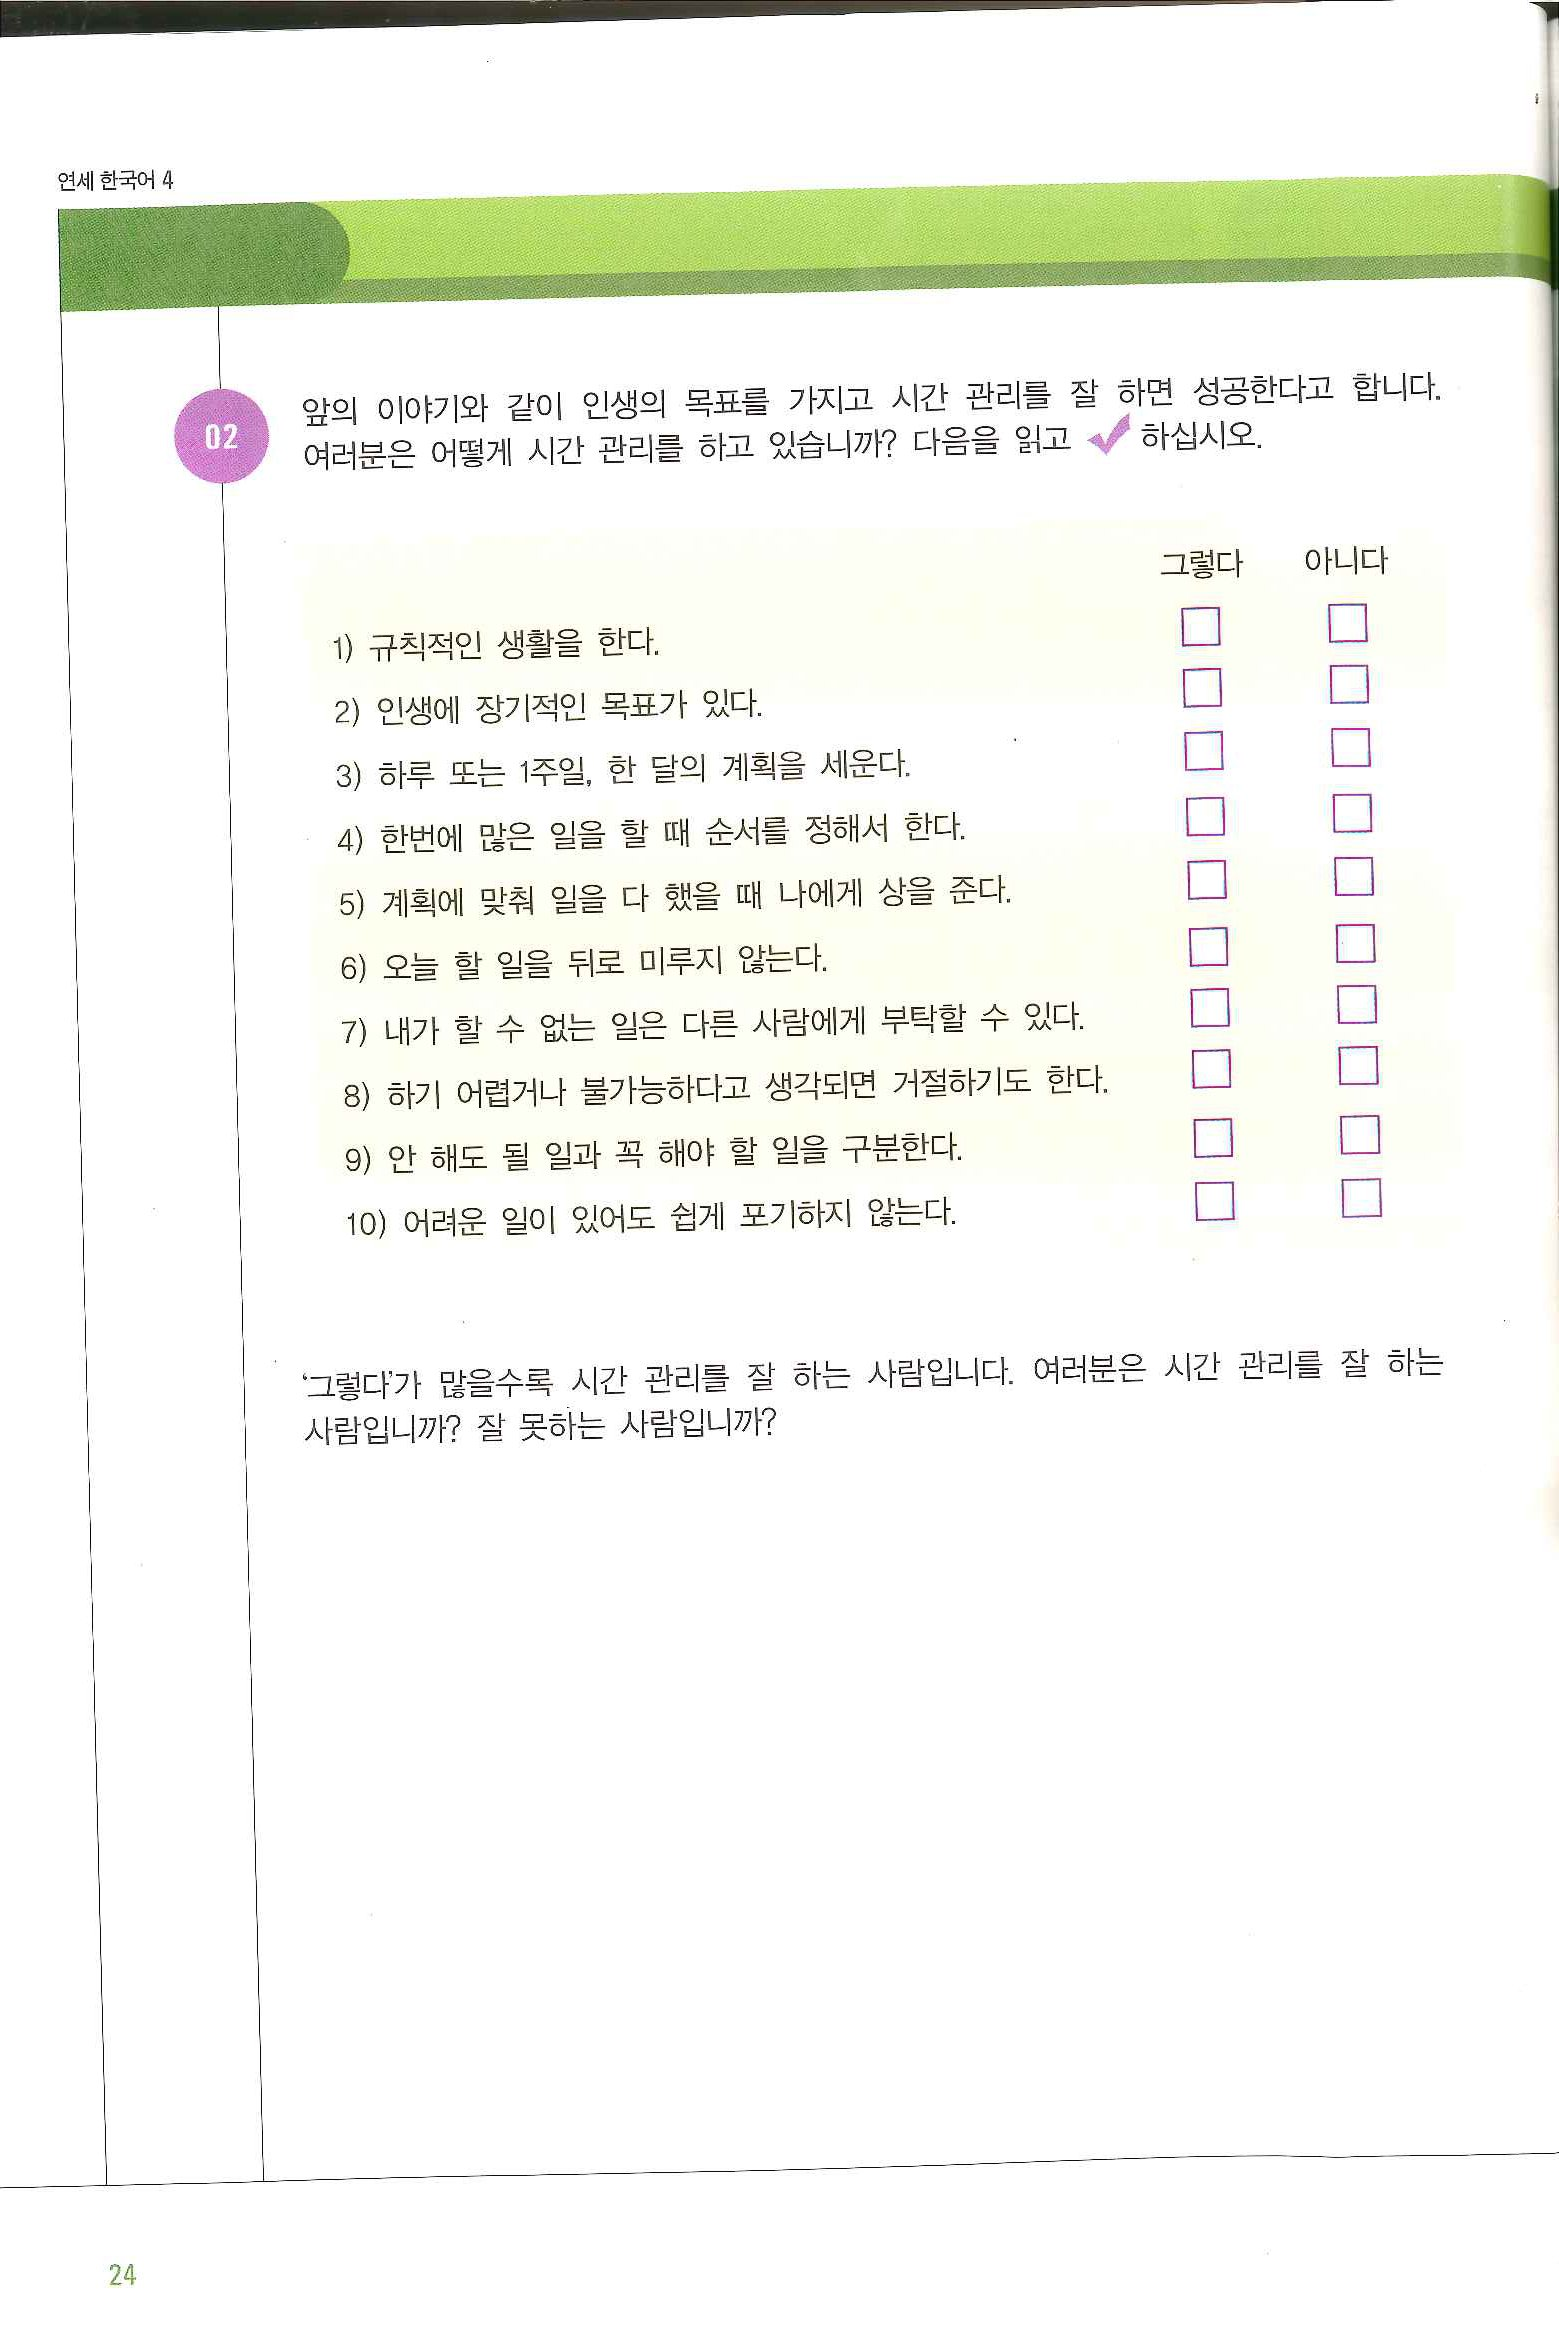
Language: ko